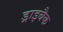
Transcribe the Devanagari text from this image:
ड्राइबैक